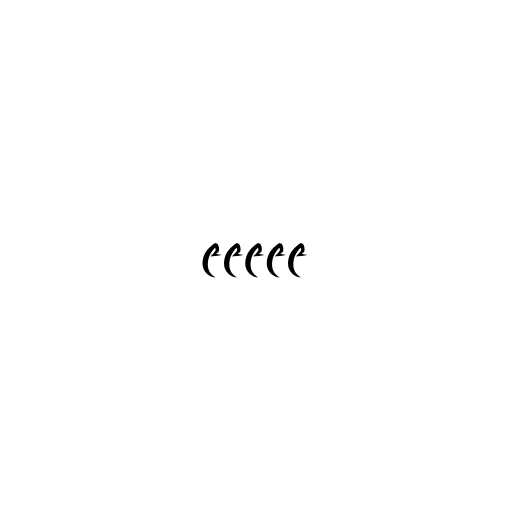
၉၉၉၉၉